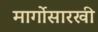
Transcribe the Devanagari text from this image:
मार्गोसारखी